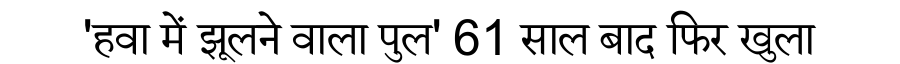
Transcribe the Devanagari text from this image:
'हवा में झूलने वाला पुल' 61 साल बाद फिर खुला